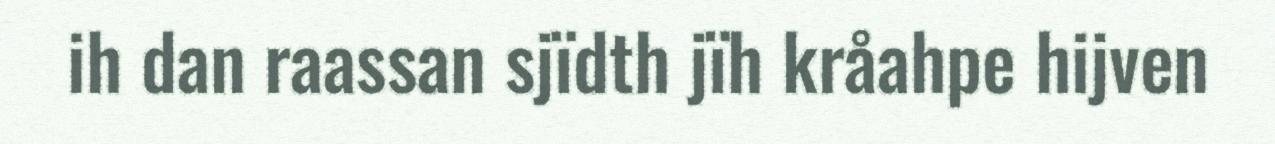
ih dan raassan sjïdth jïh kråahpe hijven